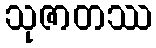
သုဇာတဿ